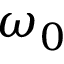
\omega _ { 0 }